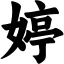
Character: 婷